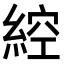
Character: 𦁈